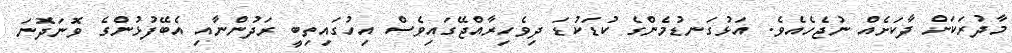
މާދުރަކަށް ދާކަށެއް ނުޖެހެއެވެ. އަޅުގަނޑުމެންގެ ކުޑަކުޑަ ދިވެހިރާއްޖޭގައިވެސް އިހުގައިތިބީ ރަދުންނާއި އެބޭފުޅުންގެ ވޮނަދޮނަ